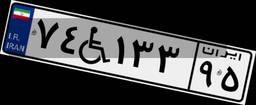
۷۴W۱۳۳۹۵